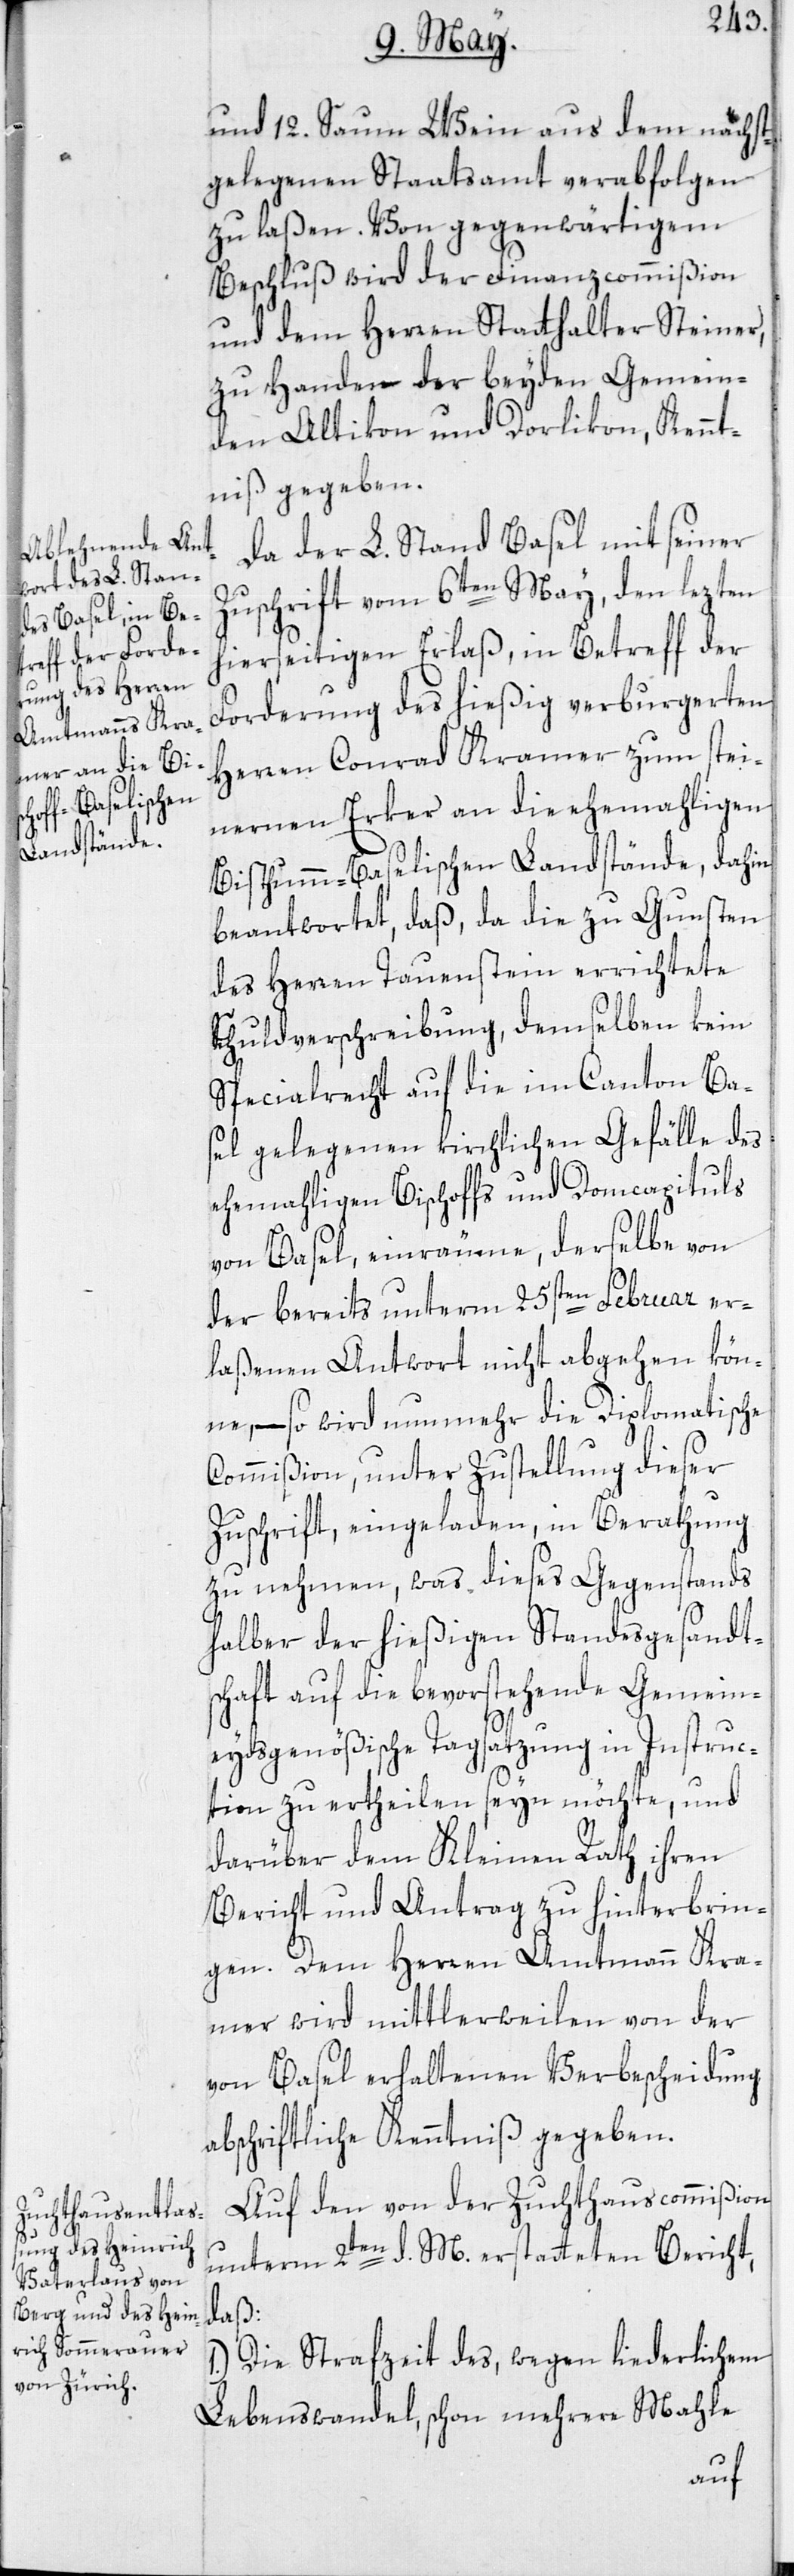
und 12. Saum Wein aus dem nächst¬
gelegenen Staatsamt verabfolgen
zu laßen. Von gegenwärtigem
Beschluß wird der Finanzcommißion
und dem Herren Statthalter Steiner,
zu Handen der beyden Gemein¬
den Altikon und Dorlikon, Kennt¬
niß gegeben.
Da der L. Stand Basel mit seiner
Zuschrift vom 6ten May, den lezten
hierseitigen Erlaß, in Betreff der
Forderung des hießig verburgerten
Herren Conrad Kramer zum stei¬
nernen Erker an die ehemahligen
Bisthumm-Baselischen-Landstände, dahin
beantwortet, daß, da die zu Gunsten
des Herren Tauenstein errichtete
Schuldverschreibung, demselben kein
Specialrecht auf die im Canton Ba¬
sel gelegenen kirchlichen Gefälle des
ehemahligen Bischoffs und Domcapituls
von Basel einräume, derselbe von
der bereits unterm 25sten Februar er¬
laßenen Antwort nicht abgehen kön¬
ne, – so wird nunmehr die Diplomatische
Commißion, unter Zustellung dieser
Zuschrift, eingeladen, in Berathung
zu nehmen, was dieses Gegenstands
halber der hießigen Standesgesandt¬
schaft auf die bevorstehende Gemein¬
eydsgenößische Tagsatzung in Instruc¬
tion zu ertheilen seyn möchte, und
darüber dem Kleinen Rath ihren
Bericht und Antrag zu hinterbrin¬
gen. Dem Herren Amtmann Kra¬
mer wird mittlerweilen von der
von Basel erhaltenen Verbescheidung
abschriftliche Kenntniß gegeben.
Auf den von der Zuchthauscommißion
unterm 2ten d. M. erstatteten Bericht,
daß:
Die Strafzeit des, wegen liederlichem
Lebenswandel, schon mehrere Mahle